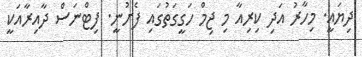
ދިޔައީ. މިހާރު އަދި ކިރިއާ މި ޖިމް ހަގީގަތުގައި ފެށުނީ. ފިޓްނަސް ދާއިރާއަކީ